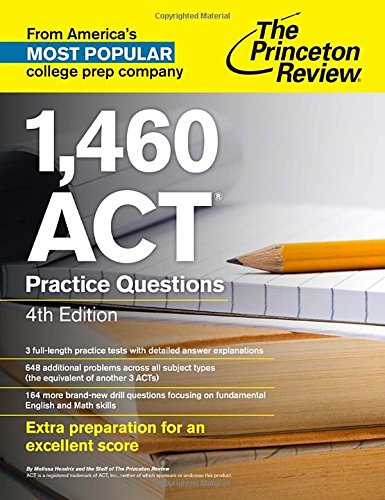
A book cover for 1,460 ACT Practice Questions, 4th Edition (College Test Preparation); Princeton Review; Test Preparation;